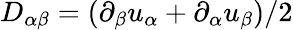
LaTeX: D_{\alpha\beta}=(\partial_{\beta}u_{\alpha}+\partial_{\alpha}u_{\beta})/2